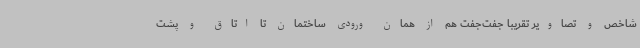
شاخص و تصاویر تقریباً جفت‌جفت هم از همان ورودی ساختمان تا اتاق و پشت